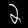
Digit: 2